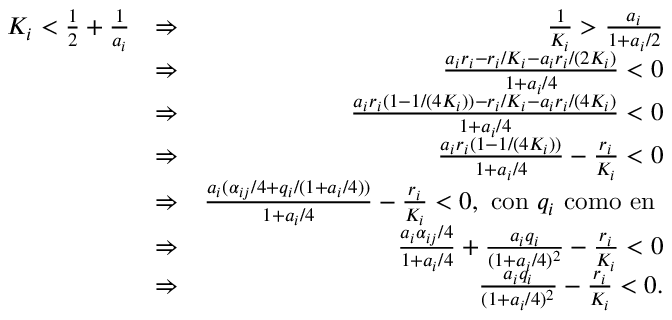
\begin{array} { r l r } { K _ { i } < \frac { 1 } { 2 } + \frac { 1 } { a _ { i } } } & { \Rightarrow } & { \frac { 1 } { K _ { i } } > \frac { a _ { i } } { 1 + a _ { i } / 2 } } \\ & { \Rightarrow } & { \frac { a _ { i } r _ { i } - r _ { i } / K _ { i } - a _ { i } r _ { i } / ( 2 K _ { i } ) } { 1 + a _ { i } / 4 } < 0 } \\ & { \Rightarrow } & { \frac { a _ { i } r _ { i } ( 1 - 1 / ( 4 K _ { i } ) ) - r _ { i } / K _ { i } - a _ { i } r _ { i } / ( 4 K _ { i } ) } { 1 + a _ { i } / 4 } < 0 } \\ & { \Rightarrow } & { \frac { a _ { i } r _ { i } ( 1 - 1 / ( 4 K _ { i } ) ) } { 1 + a _ { i } / 4 } - \frac { r _ { i } } { K _ { i } } < 0 } \\ & { \Rightarrow } & { \frac { a _ { i } ( \alpha _ { i j } / 4 + q _ { i } / ( 1 + a _ { i } / 4 ) ) } { 1 + a _ { i } / 4 } - \frac { r _ { i } } { K _ { i } } < 0 \mathrm { , ~ c o n ~ } q _ { i } \mathrm { ~ c o m o ~ e n ~ } } \\ & { \Rightarrow } & { \frac { a _ { i } \alpha _ { i j } / 4 } { 1 + a _ { i } / 4 } + \frac { a _ { i } q _ { i } } { ( 1 + a _ { i } / 4 ) ^ { 2 } } - \frac { r _ { i } } { K _ { i } } < 0 } \\ & { \Rightarrow } & { \frac { a _ { i } q _ { i } } { ( 1 + a _ { i } / 4 ) ^ { 2 } } - \frac { r _ { i } } { K _ { i } } < 0 . } \end{array}